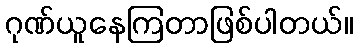
ဂုဏ်ယူနေကြတာဖြစ်ပါတယ်။